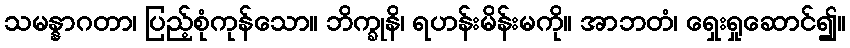
သမန္နာဂတာ၊ ပြည့်စုံကုန်သော။ ဘိက္ခုနိ၊ ရဟန်းမိန်းမကို။ အာဘတံ၊ ရှေးရှုဆောင်၍။